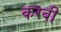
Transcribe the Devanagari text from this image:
करबी